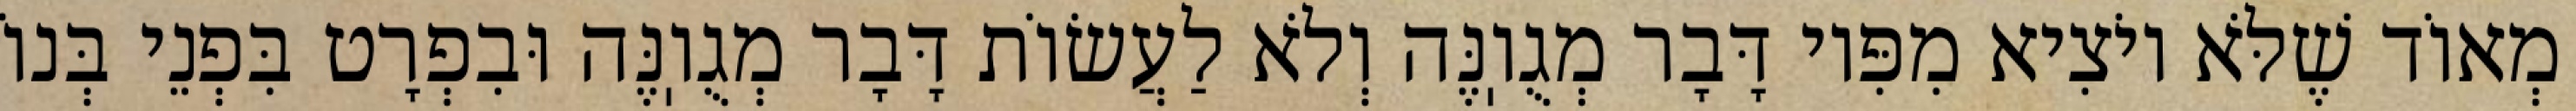
מְאוֹד שֶׁלֹּא יוֹצִיא מִפִּיו דָּבָר מְגֻוֽנֶּה וְלֹא לַעֲשׂוֹת דָּבָר מְגֻוֽנֶּה וּבִפְרָט בִּפְנֵי בְּנוֹ